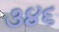
૩૪૬